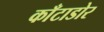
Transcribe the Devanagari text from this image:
काँटाडोर